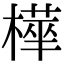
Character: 𭫿